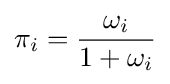
\pi _{i}={\frac {\omega _{i}}{1+\omega _{i}}}